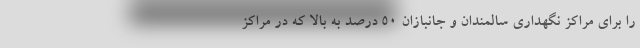
را برای مراکز نگهداری سالمندان و جانبازان ۵۰ درصد به بالا که در مراکز